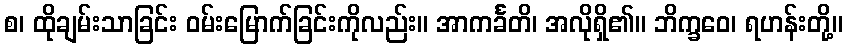
စ၊ ထိုချမ်းသာခြင်း ဝမ်းမြောက်ခြင်းကိုလည်း။ အာကင်္ခတိ၊ အလိုရှိ၏။ ဘိက္ခဝေ၊ ရဟန်းတို့။